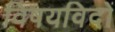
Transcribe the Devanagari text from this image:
विषयविदों